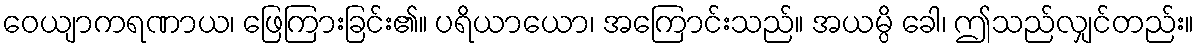
ဝေယျာကရဏာယ၊ ဖြေကြားခြင်း၏။ ပရိယာယော၊ အကြောင်းသည်။ အယမ္ပိ ခေါ၊ ဤသည်လျှင်တည်း။